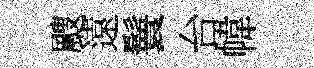
颼遠鬟台幃